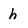
Character: h